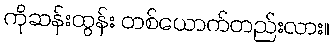
ကိုဆန်းထွန်း တစ်ယောက်တည်းလား။